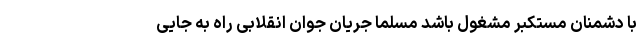
با دشمنان مستکبر مشغول باشد مسلما جریان جوان انقلابی راه به جایی